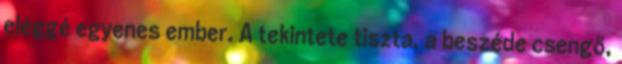
eléggé egyenes ember. A tekintete tiszta, a beszéde csengő,